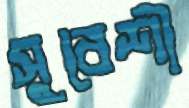
সুবেশী